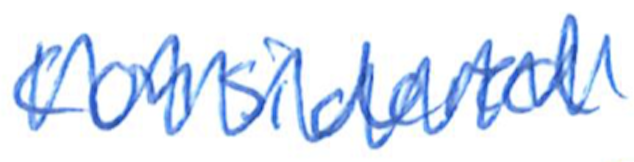
Text: considered
Cross-out: zig-zag
Writing tool: ballpoint